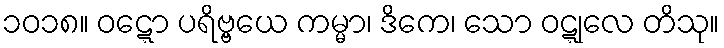
၁၀၁၈။ ဝဋ္ဋော ပရိဗ္ဗယေ ကမ္မာ၊ ဒိကေ၊ သော ဝဋ္ဋုလေ တိသု။